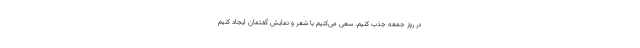
در روز جمعه جذب کنیم. سعی می‌کنیم با شعر و نمایش گفتمان ایجاد کنیم